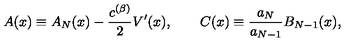
A ( x ) \equiv A _ { N } ( x ) - \frac { c ^ { ( \beta ) } } { 2 } V ^ { \prime } ( x ) , \qquad C ( x ) \equiv \frac { a _ { N } } { a _ { N - 1 } } B _ { N - 1 } ( x ) ,